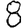
Digit: 8